Civil Veterinary Dept. Assam report 1927-50 - 1927-1950
Year: 1927
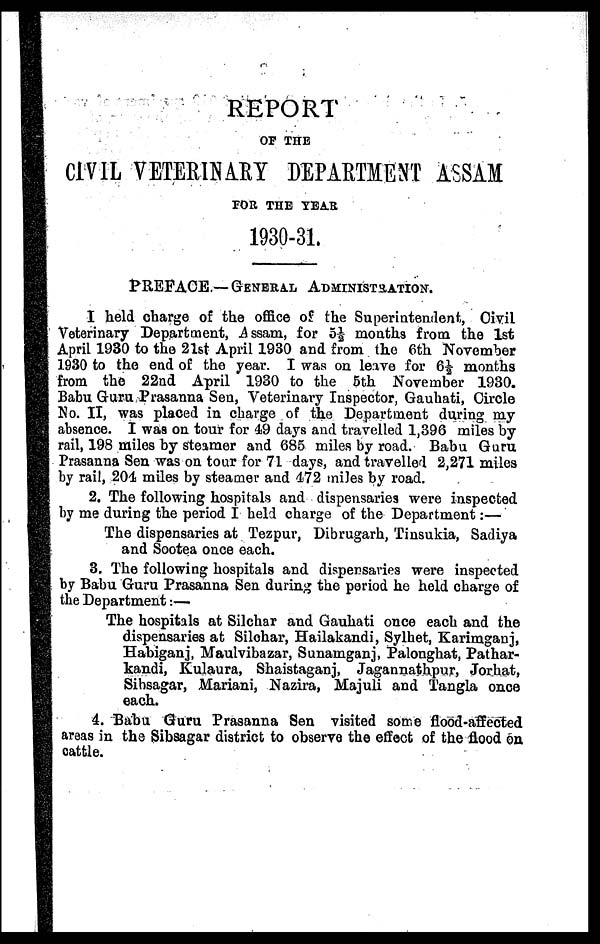
REPORT
OF THE
CIVIL VETERINARY DEPARTMENT ASSAM
FOR THE YEAR
1930-31.
PREFACE.—GENERAL ADMINISTRATION.
I held charge of the office of the Superintendent, Civil
Veterinary Department, Assam, for 5½ months from the 1st
April 1930 to the 21st April 1930 and from the 6th November
1930 to the end of the year. I was on leave for 6½ months
from the 22nd April 1930 to the 5th November 1930.
Babu Guru Prasanna Sen, Veterinary Inspector, Gauhati, Circle
No. II, was placed in charge of the Department during my
absence. I was on tour for 49 days and travelled 1,396 miles by
rail, 198 miles by steamer and 685 miles by road. Babu Guru
Prasanna Sen was on tour for 71 days, and travelled 2,271 miles
by rail, 201 miles by steamer and 472 miles by road.
2. The following hospitals and dispensaries were inspected
by me during the period I held charge of the Department:—
The dispensaries at Tezpur, Dibrugarh, Tinsukia, Sadiya
and Sootea once each.
3. The following hospitals and dispensaries were inspected
by Babu Guru Prasanna Sen during the period he held charge of
the Department:—
The hospitals at Silchar and Gauhati once each and the
dispensaries at Silchar, Hailakandi, Sylhet, Karimganj,
Habiganj, Maulvibazar, Sunamganj, Palonghat, Pathar-
kandi, Kulaura, Shaistaganj, Jagannathpur, Jorhat,
Sibsagar, Mariani, Nazira, Majuli and Tangla once
each.
4. Babu Guru Prasanna Sen visited some flood-affected
areas in the Sibsagar district to observe the effect of the flood on
cattle.